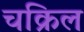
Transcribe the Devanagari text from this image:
चक्रिल